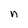
Character: n